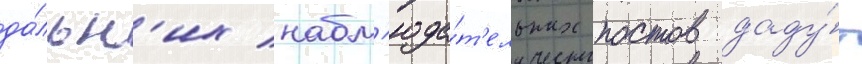
да́льн'их набл'юда́т'ельных постов даду́т